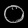
Digit: ၀